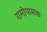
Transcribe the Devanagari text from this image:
रामोपासक